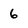
Character: 6